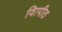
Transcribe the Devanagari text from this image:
विापीठ